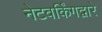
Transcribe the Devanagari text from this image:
नेटवर्किंगद्वारे